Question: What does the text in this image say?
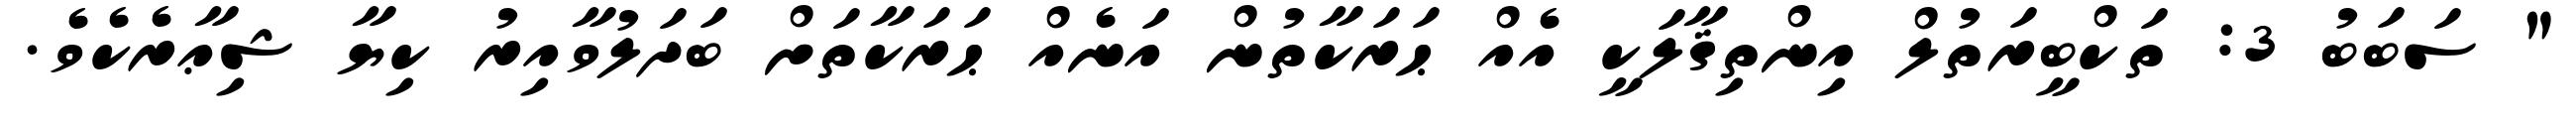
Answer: " ސަބަބު 3: ތަކްބީރަތުލް އިންތިޤާލަކީ އެއް ޙަރަކާތުން އަނެއް ޙަރަކާތަށް ބަދަލުވާއިރު ކިޔާ ޝިޢާރެކެވެ.